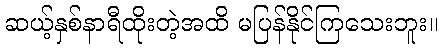
ဆယ့်နှစ်နာရီထိုးတဲ့အထိ မပြန်နိုင်ကြသေးဘူး။